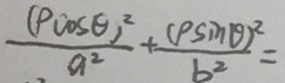
\frac { ( P \cos \theta ) ^ { 2 } } { a ^ { 2 } } + \frac { ( P \sin \theta ) ^ { 2 } } { b ^ { 2 } } =